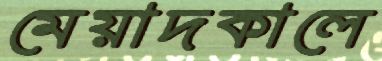
মেয়াদকালে